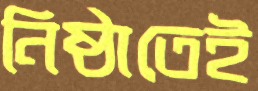
নিষ্ঠাতেই